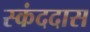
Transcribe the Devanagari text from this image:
स्कंददास